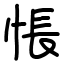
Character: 悵